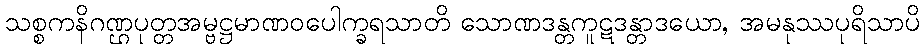
သစ္စကနိဂဏ္ဌပုတ္တအမ္ဗဋ္ဌမာဏဝပေါက္ခရသာတိ သောဏဒန္တကူဋဒန္တာဒယော, အမနုဿပုရိသာပိ